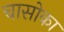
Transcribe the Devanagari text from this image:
चासोका